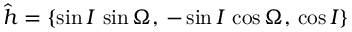
\boldsymbol { \hat { h } } = \left\{ \sin I \, \sin \Omega , \, - \sin I \, \cos \Omega , \, \cos I \right\}